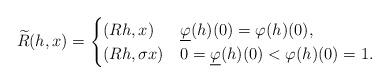
LaTeX: \begin{align*}\widetilde{R}(h,x)=\begin{cases}(Rh,x) & \underline{\varphi}(h)(0)=\varphi(h)(0),\\(Rh,\sigma x) & 0=\underline{\varphi}(h)(0)<\varphi(h)(0)=1.\end{cases}\end{align*}